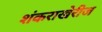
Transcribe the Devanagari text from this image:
शंकराखेरीज